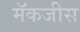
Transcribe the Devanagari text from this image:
मॅकजीस